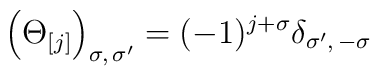
\left (\Theta_{[j]}\right )_{\sigma,\,\sigma^\prime}= (-1)^{j+\sigma} \delta_{\sigma^\prime ,\, -\sigma}